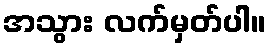
အသွား လက်မှတ်ပါ။